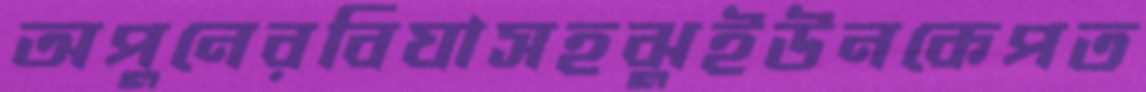
অপুনেরবিঘাসহঝুইউনকেপত